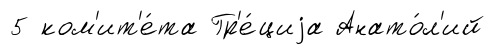
5 ком'ит'е́та Гр'е́циjа Анато́л'ий